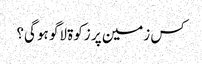
کس زمین‌ پر زکوۃ لاگو ہو گی؟